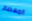
المعصم